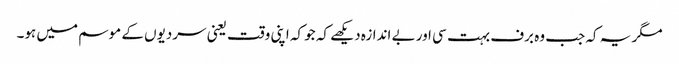
مگر یہ کہ جب وہ برف بہت سی اور بے اندازہ دیکھے کہ جو کہ اپنی وقت یعنی سردیوں کے موسم میں ہو۔